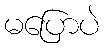
မပြောပဲ